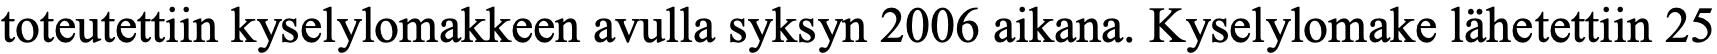
toteutettiin kyselylomakkeen avulla syksyn 2006 aikana. Kyselylomake lähetettiin 25